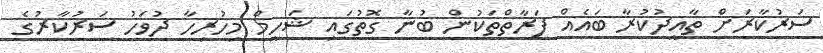
ސަރުކާރަށް ތާއީދުކުރާ ބައެއް ފަރާތްތަކުން ބުނާ ގޮތުގައި ޝަހީމް މިހުރިހާ ދުވަހު ސަރުކާރުގެ